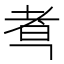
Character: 䎞